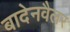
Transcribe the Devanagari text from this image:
बादेनवैलर